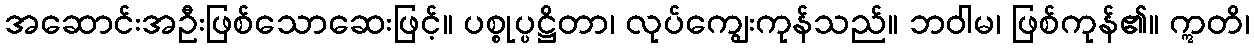
အဆောင်းအဦးဖြစ်သောဆေးဖြင့်။ ပစ္စုပ္ပဋ္ဌိတာ၊ လုပ်ကျွေးကုန်သည်။ ဘဝါမ၊ ဖြစ်ကုန်၏။ ဣတိ၊